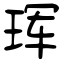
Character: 珲